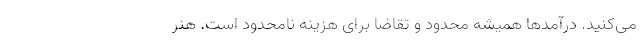
می‌کنید. درآمدها همیشه محدود و تقاضا برای هزینه نامحدود است. هنر